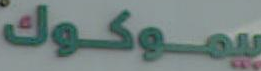
بيموكوك